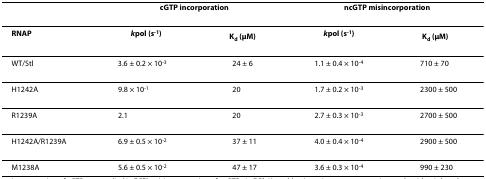
<table><thead><tr><td></td><td colspan="2"><b>cGTP incorporation</b></td><td colspan="2"><b>ncGTP misincorporation</b></td></tr></thead><tbody><tr><td><b>RNAP</b></td><td><b><i>k</i><sub>pol </sub>(s<sup>-1</sup>)</b></td><td><b>K<sub>d </sub>(μM)</b></td><td><b><i>k</i><sub>pol </sub>(s<sup>-1</sup>)</b></td><td><b>K<sub>d </sub>(μM)</b></td></tr><tr><td>WT/Stl</td><td>3.6 ± 0.2 × 10<sup>-3</sup></td><td>24 ± 6</td><td>1.1 ± 0.4 × 10<sup>-4</sup></td><td>710 ± 70</td></tr><tr><td>H1242A</td><td>9.8 × 10<sup>-1</sup></td><td>20</td><td>1.7 ± 0.2 × 10<sup>-3</sup></td><td>2300 ± 500</td></tr><tr><td>R1239A</td><td>2.1</td><td>20</td><td>2.7 ± 0.3 × 10<sup>-3</sup></td><td>2700 ± 500</td></tr><tr><td>H1242A/R1239A</td><td>6.9 ± 0.5 × 10<sup>-2</sup></td><td>37 ± 11</td><td>4.0 ± 0.4 × 10<sup>-4</sup></td><td>2900 ± 500</td></tr><tr><td>M1238A</td><td>5.6 ± 0.5 × 10<sup>-2</sup></td><td>47 ± 17</td><td>3.6 ± 0.3 × 10<sup>-4</sup></td><td>990 ± 230</td></tr></tbody></table>